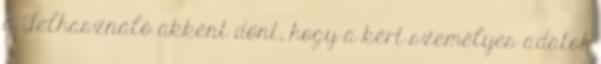
a Felhasználó akként dönt, hogy a kért személyes adatot